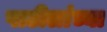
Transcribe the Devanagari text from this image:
पाटीलांच्या